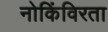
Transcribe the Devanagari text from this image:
नोकिंविरता